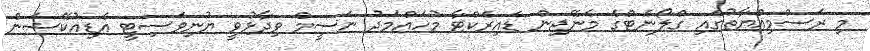
މި ރަސްމިއްޔާތުގައި ގްލޯނެޓްގެ މެނޭޖިން ޑައިރެކްޓާ މުހައްމަދު ނަސީމް ވިދާޅުވީ ޔުނިވަސިޓީ އެޑިއުކޭޝަން